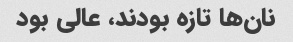
نان‌ها تازه بودند، عالی بود